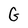
Character: G